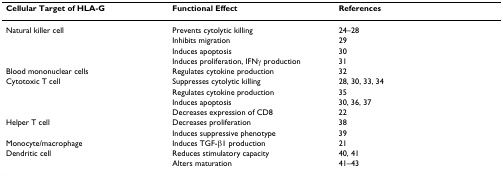
<table><thead><tr><td><b>Cellular Target of HLA-G</b></td><td><b>Functional Effect</b></td><td><b>References</b></td></tr></thead><tbody><tr><td>Natural killer cell</td><td>Prevents cytolytic killing</td><td>24–28</td></tr><tr><td></td><td>Inhibits migration</td><td>29</td></tr><tr><td></td><td>Induces apoptosis</td><td>30</td></tr><tr><td></td><td>Induces proliferation, IFNγ production</td><td>31</td></tr><tr><td>Blood mononuclear cells</td><td>Regulates cytokine production</td><td>32</td></tr><tr><td>Cytotoxic T cell</td><td>Suppresses cytolytic killing</td><td>28, 30, 33, 34</td></tr><tr><td></td><td>Regulates cytokine production</td><td>35</td></tr><tr><td></td><td>Induces apoptosis</td><td>30, 36, 37</td></tr><tr><td></td><td>Decreases expression of CD8</td><td>22</td></tr><tr><td>Helper T cell</td><td>Decreases proliferation</td><td>38</td></tr><tr><td></td><td>Induces suppressive phenotype</td><td>39</td></tr><tr><td>Monocyte/macrophage</td><td>Induces TGF-β1 production</td><td>21</td></tr><tr><td>Dendritic cell</td><td>Reduces stimulatory capacity</td><td>40, 41</td></tr><tr><td></td><td>Alters maturation</td><td>41–43</td></tr></tbody></table>